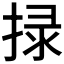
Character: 𢮑